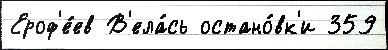
Ероф'е́ев В'ела́сь остано́вк'и 359